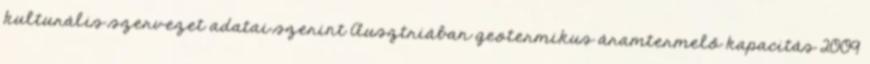
kulturális szervezet adatai szerint Ausztriában geotermikus áramtermelő kapacitás 2009